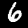
Digit: 6